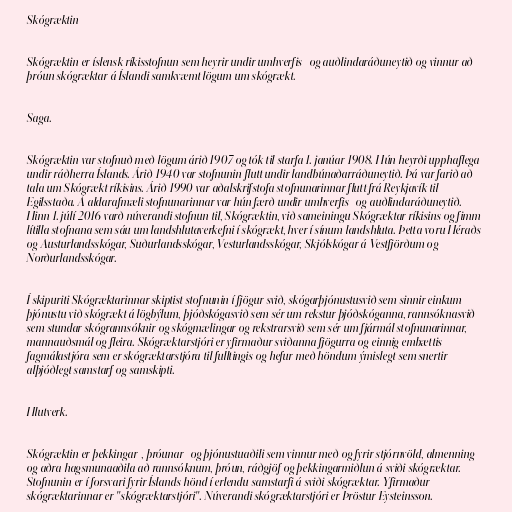
Skógræktin

Skógræktin er íslensk ríkisstofnun sem heyrir undir umhverfis- og auðlindaráðuneytið og vinnur að
þróun skógræktar á Íslandi samkvæmt lögum um skógrækt.

Saga.

Skógræktin var stofnuð með lögum árið 1907 og tók til starfa 1. janúar 1908. Hún heyrði upphaflega
undir ráðherra Íslands. Árið 1940 var stofnunin flutt undir landbúnaðarráðuneytið. Þá var farið að
tala um Skógrækt ríkisins. Árið 1990 var aðalskrifstofa stofnunarinnar flutt frá Reykjavík til
Egilsstaða. Á aldarafmæli stofnunarinnar var hún færð undir umhverfis- og auðlindaráðuneytið.
Hinn 1. júlí 2016 varð núverandi stofnun til, Skógræktin, við sameiningu Skógræktar ríkisins og fimm
lítilla stofnana sem sáu um landshlutaverkefni í skógrækt, hver í sínum landshluta. Þetta voru Héraðs-
og Austurlandsskógar, Suðurlandsskógar, Vesturlandsskógar, Skjólskógar á Vestfjörðum og
Norðurlandsskógar.

Í skipuriti Skógræktarinnar skiptist stofnunin í fjögur svið, skógarþjónustusvið sem sinnir einkum
þjónustu við skógrækt á lögbýlum, þjóðskógasvið sem sér um rekstur þjóðskóganna, rannsóknasvið
sem stundar skógrannsóknir og skógmælingar og rekstrarsvið sem sér um fjármál stofnunarinnar,
mannauðsmál og fleira. Skógræktarstjóri er yfirmaður sviðanna fjögurra og einnig embættis
fagmálastjóra sem er skógræktarstjóra til fulltingis og hefur með höndum ýmislegt sem snertir
alþjóðlegt samstarf og samskipti.

Hlutverk.

Skógræktin er þekkingar-, þróunar- og þjónustuaðili sem vinnur með og fyrir stjórnvöld, almenning
og aðra hagsmunaaðila að rannsóknum, þróun, ráðgjöf og þekkingarmiðlun á sviði skógræktar.
Stofnunin er í forsvari fyrir Íslands hönd í erlendu samstarfi á sviði skógræktar. Yfirmaður
skógræktarinnar er "skógræktarstjóri". Núverandi skógræktarstjóri er Þröstur Eysteinsson.